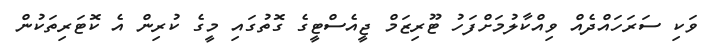
ވަކި ސަރަހައްދެއް ވިއްކާލުމަށްފަހު ޓޫރިޒަމް ޖީއެސްޓީގެ ގޮތުގައި މީގެ ކުރިން އެ ކޮޓަރިތަކުން